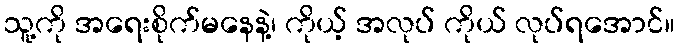
သူ့ကို အရေးစိုက်မနေနဲ့၊ ကိုယ့် အလုပ် ကိုယ် လုပ်ရအောင်။